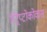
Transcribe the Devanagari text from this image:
स्ट्रिप्टोकोकस